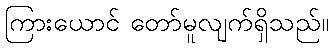
ကြားယောင် တော်မူလျက်ရှိသည်။